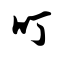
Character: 叮